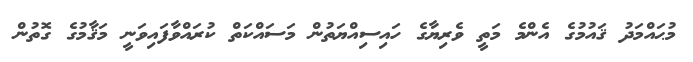
މުޙައްމަދު ޤައުމުގެ އެންމެ މަތީ ވެރިޔާގެ ހައިސިއްޔަތުން މަސައްކަތް ކުރައްވާފައިވަނީ މަޤާމުގެ ގޮތުން